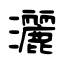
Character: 灑